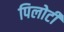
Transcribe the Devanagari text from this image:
पिलोटी